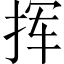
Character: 挥